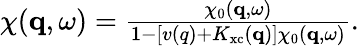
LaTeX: \begin{array}{r}{\chi(\mathbf{q},\omega)=\frac{\chi_{0}(\mathbf{q},\omega)}{1-\left[v(q)+K_{\mathrm{xc}}(\mathbf{q})\right]\chi_{0}(\mathbf{q},\omega)}.}\end{array}